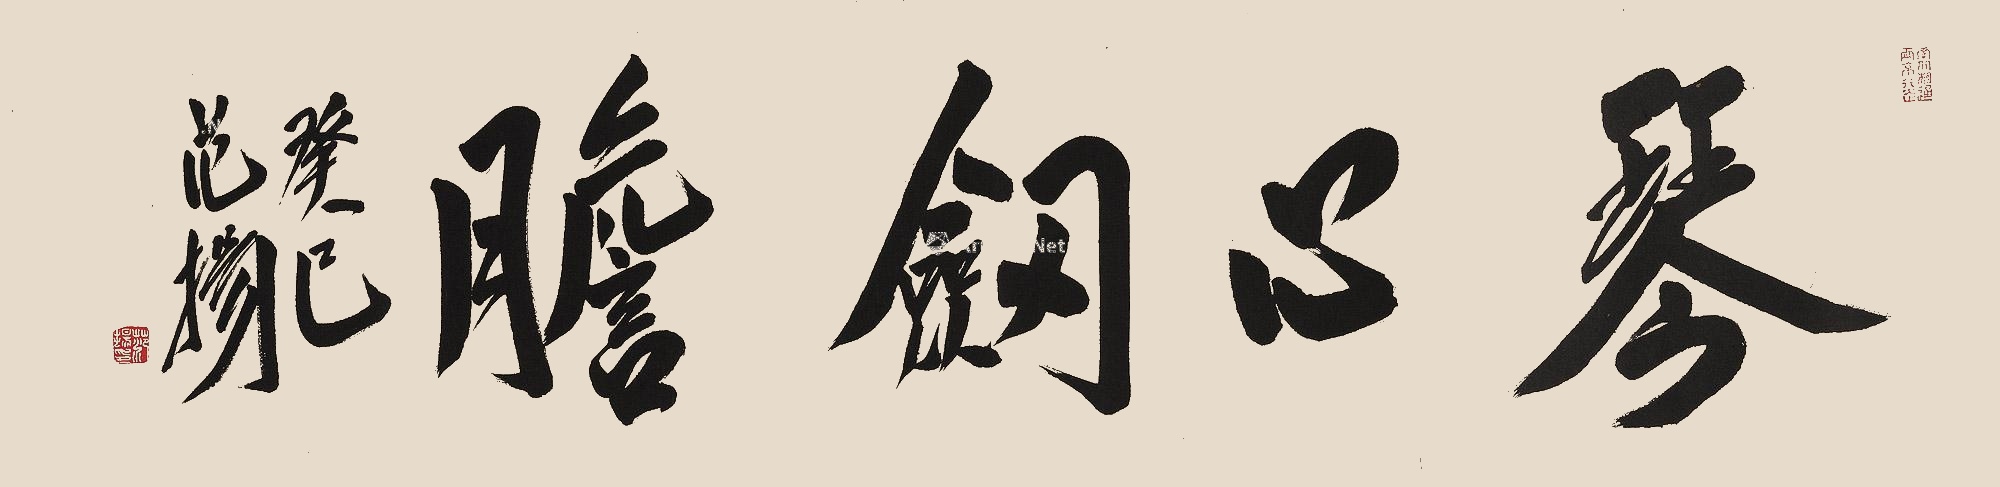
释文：琴心剑胆癸巳，范扬。